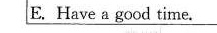
E.Have a good time。